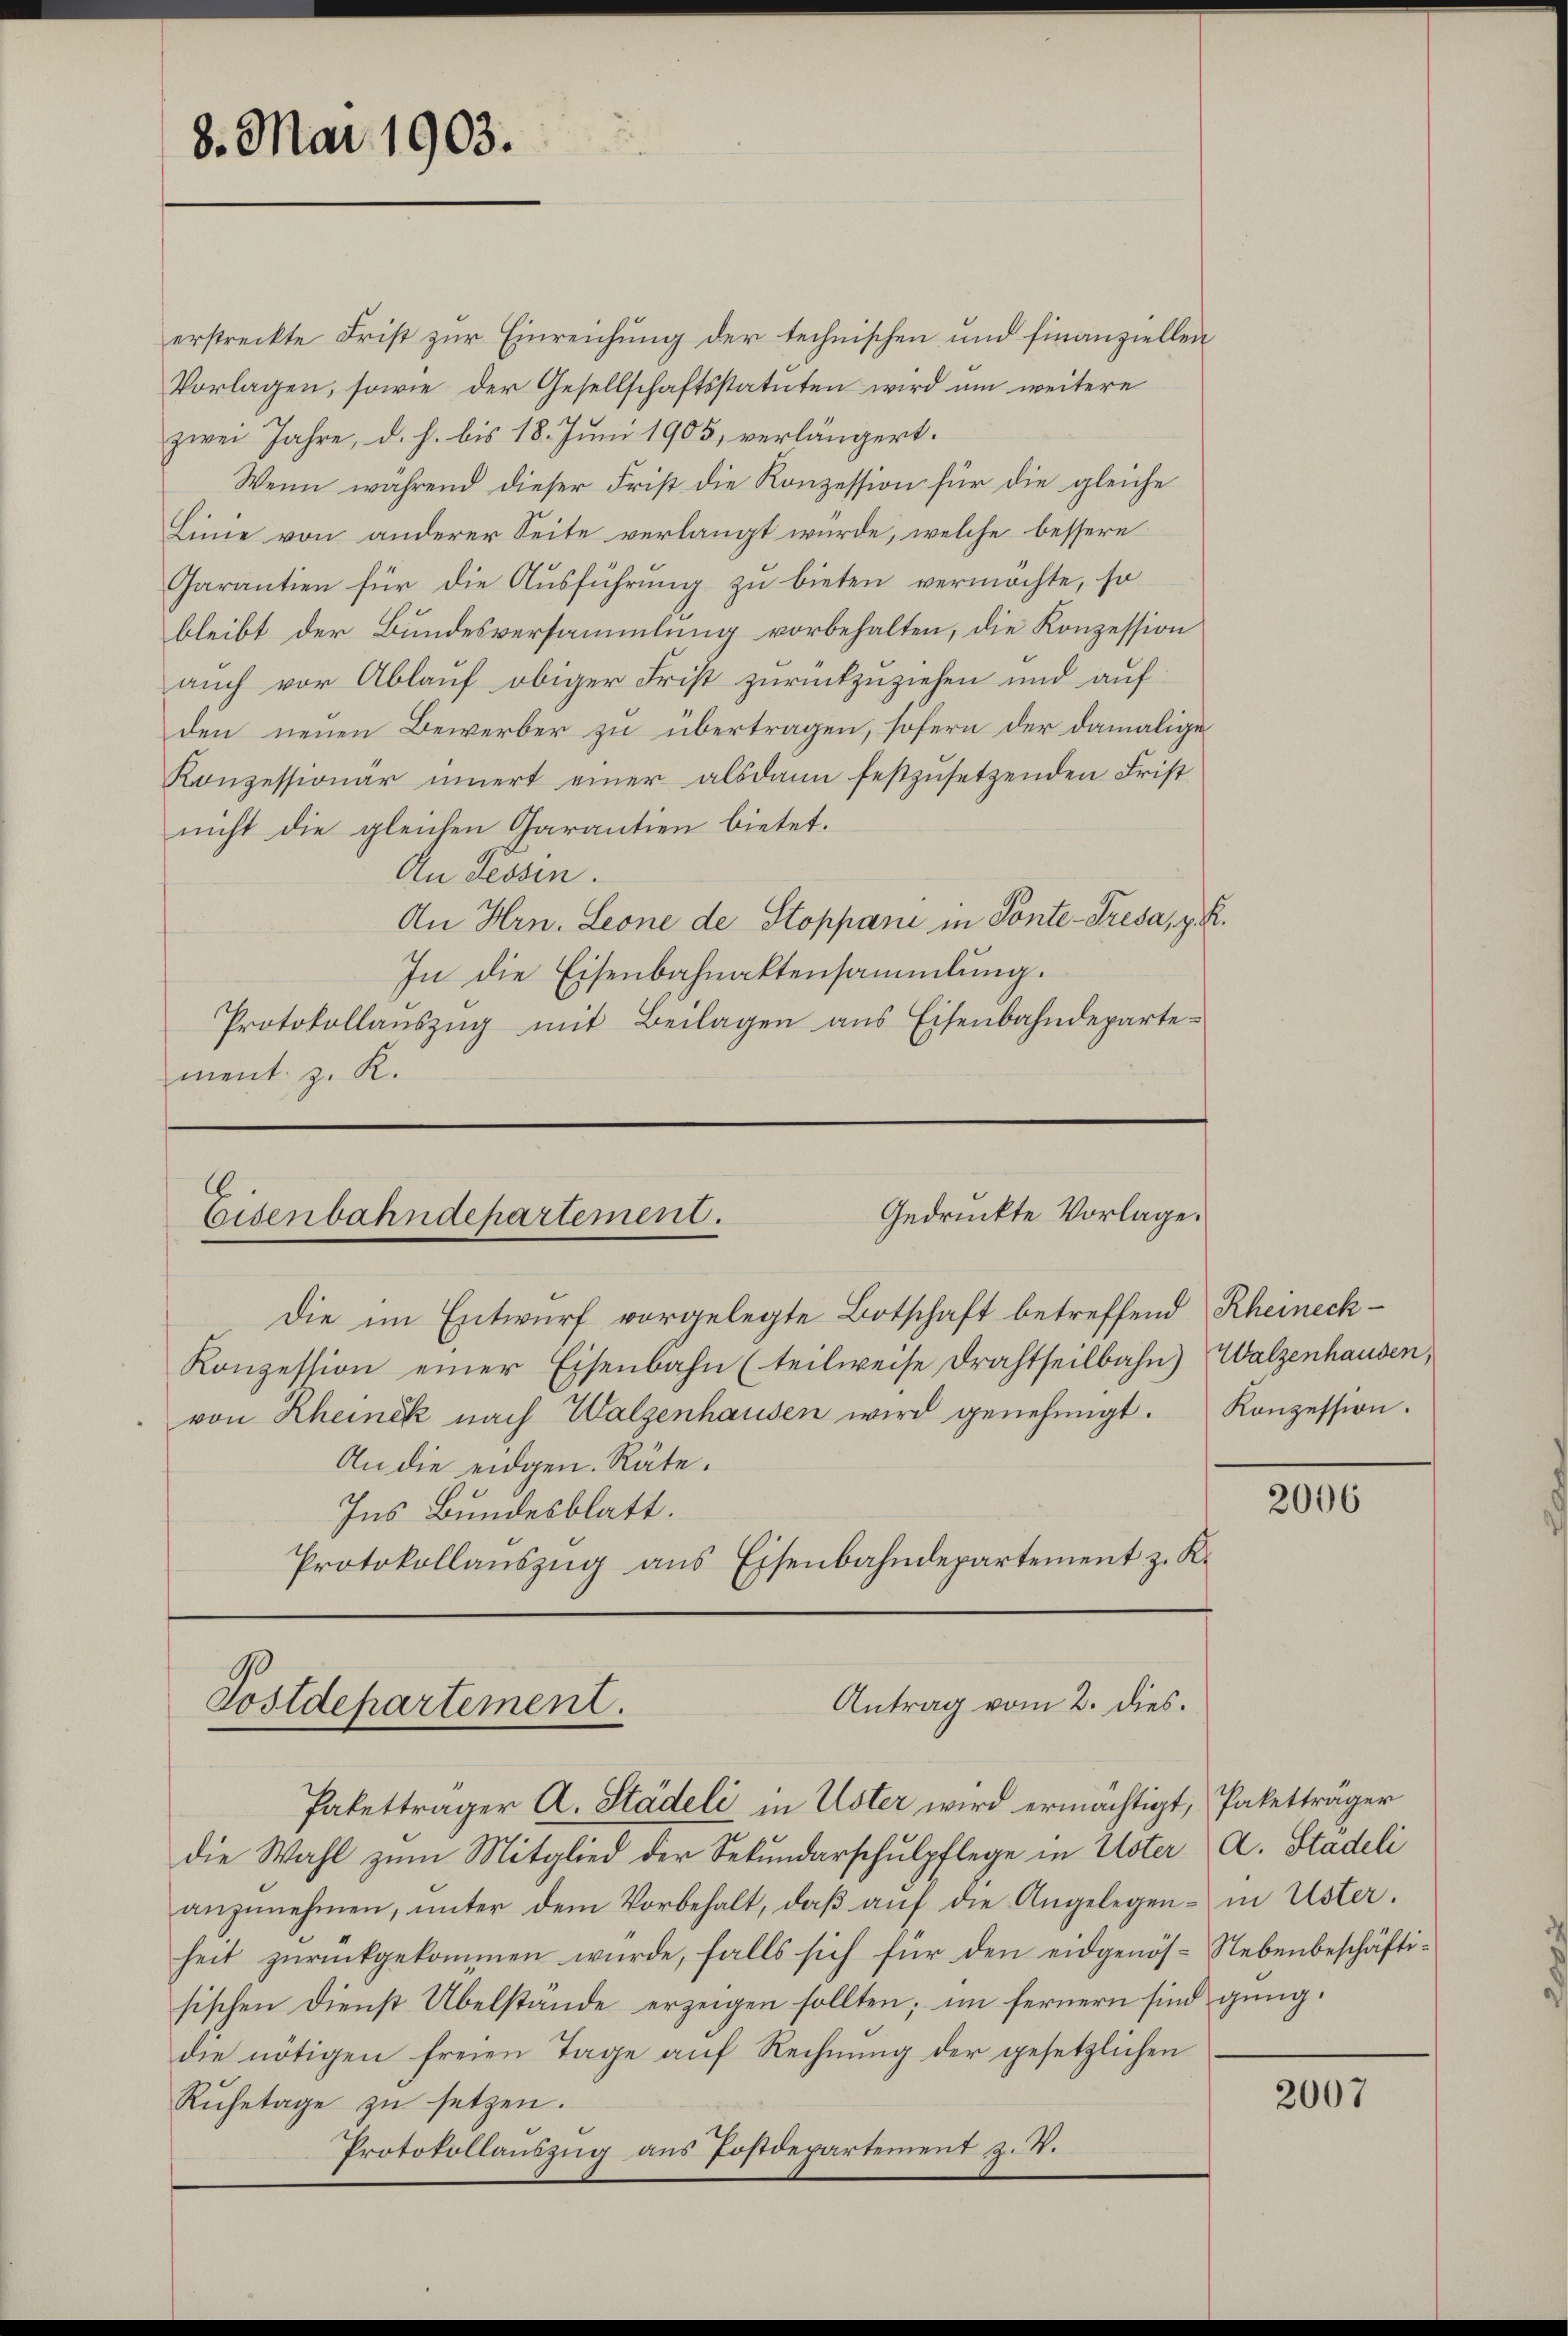
8. Mai 1903.

erstreckte Frist zur Einreichung der technischen und finanziellen
Vorlagen, sowie der Gesellschaftsstatuten wird um weitere
zwei Jahre, d. h. bis 18. Juni 1905, verlängert.
Wenn während dieser Frist die Konzession für die gleiche
Linie von anderer Seite verlangt wurde, welche bessere
Garantien für die Ausführung zu bieten vermöchte, so
bleibt der Bundesversammlung vorbehalten, die Konzession
auch vor Ablauf obiger Frist zurückzuziehen und auf
den neuen Bewerber zu übertragen, sofern der damalige
Konzessionär innert einer alsdann festzusetzenden Frist
nicht die gleichen Garantien bietet.
An dessen.
An Hrn. Leone de Stoppani in Ponte-Tresa, z. B.
In die Eisenbahnaktensammlung.
Protokollaŭszŭg mit Beilagen ans Eisenbahndeparte-
ment z. K.

Gedrückte Vorlage.
Eisenbahndepartement.
Die im Entwurf vorgelegte Botschaft betreffend Rheineck¬

Antrag vom 2. dies.
Postdepartement.
Pakettrager A. Städeli in Uster wird ermächtigt, Paketträger

die Wahl zum Mitglied der Sekundarschulpflege in Uster A. Städeli
anzunehmen, unter dem Vorbehalt, daß auf die Angelegenheit zurückgekommen wurde, falls sich für den eidgenös-Nebenbeschäftisischen Dienst Übelstände erzeigen sollten; im fernern sind gingdie nötigen freien Tage auf Rechnung der gesetzlichen
Rŭhetage zŭ setzen.
Protokollauszug aus Postdepartement z. W.

Konzession einer Eisenbahn (teilweise Drahtheilbahn) Walzenhausen,
von Rheinek nach Walzenhausen wird genehmigt. Konzession.
An die eidgen. Räte.
Ins Bundesblatt.
Protokollauszug aus Eisenbahndepartement z. K.

2006

in Uster.

2007